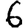
Digit: 6